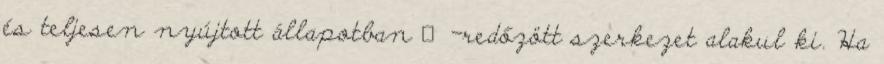
és teljesen nyújtott állapotban β-redőzött szerkezet alakul ki. Ha